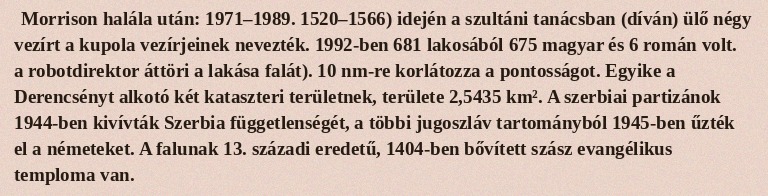
Morrison halála után: 1971–1989. 1520–1566) idején a szultáni tanácsban (díván) ülő négy vezírt a kupola vezírjeinek nevezték. 1992-ben 681 lakosából 675 magyar és 6 román volt. a robotdirektor áttöri a lakása falát). 10 nm-re korlátozza a pontosságot. Egyike a Derencsényt alkotó két kataszteri területnek, területe 2,5435 km². A szerbiai partizánok 1944-ben kivívták Szerbia függetlenségét, a többi jugoszláv tartományból 1945-ben űzték el a németeket. A falunak 13. századi eredetű, 1404-ben bővített szász evangélikus temploma van.